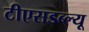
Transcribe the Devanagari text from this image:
टीएसडब्ल्यू